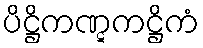
ပိဋ္ဌိကဏ္ဋကဋ္ဌိကံ